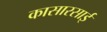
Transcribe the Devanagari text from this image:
कासारसाई